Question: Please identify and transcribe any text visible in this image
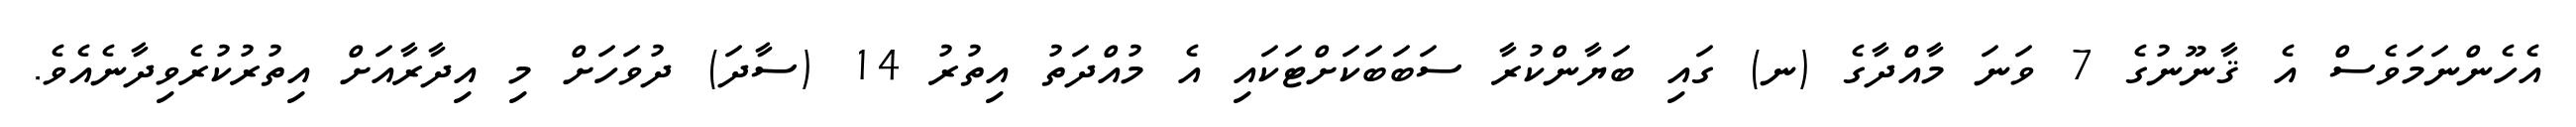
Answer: އެހެންނަމަވެސް އެ ޤާނޫނުގެ 7 ވަނަ މާއްދާގެ (ނ) ގައި ބަޔާންކުރާ ސަބަބަކަށްޓަކައި އެ މުއްދަތު އިތުރު 14 (ސާދަ) ދުވަހަށް މި އިދާރާއަށް އިތުރުކުރެވިދާނެއެވެ.